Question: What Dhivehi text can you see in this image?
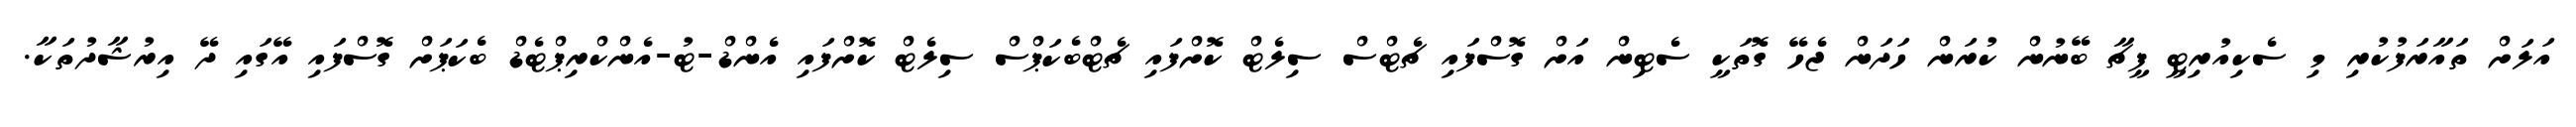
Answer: އަލަށް ތައާރަފުކުރި މި ސެކިއުރިޓީ ފީޗާ ބޭނުން ކުރަން ހަދަން ޖެހޭ ގޮތަކީ ސެޓިން އަށް ގޮސްފައި ޗެޓްސް ސިލެޓް ކޮށްފައި ޗެޓްބެކަޕްސް ސިލެޓް ކޮށްފައި އެންޑް-ޓު-އެންކްރިޕްޓެޑް ބެކަޕަށް ގޮސްފައި އޭގައި ދޭ އިރުޝާދުތަކާ.